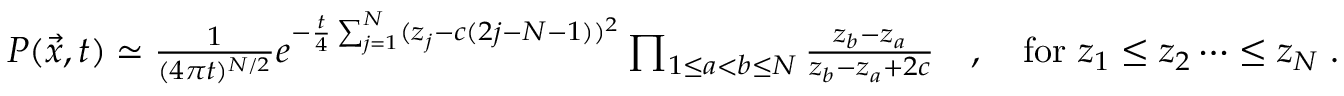
\begin{array} { r } { P ( \vec { x } , t ) \simeq \frac { 1 } { ( 4 \pi t ) ^ { N / 2 } } e ^ { - \frac { t } { 4 } \sum _ { j = 1 } ^ { N } ( z _ { j } - c ( 2 j - N - 1 ) ) ^ { 2 } } \prod _ { 1 \leq a < b \leq N } \frac { z _ { b } - z _ { a } } { z _ { b } - z _ { a } + 2 c } \quad , \quad \mathrm { f o r } \, \, z _ { 1 } \leq z _ { 2 } \dots \leq z _ { N } \; . } \end{array}